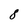
Character: 8